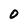
Character: O